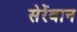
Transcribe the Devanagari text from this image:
सेरेंबान